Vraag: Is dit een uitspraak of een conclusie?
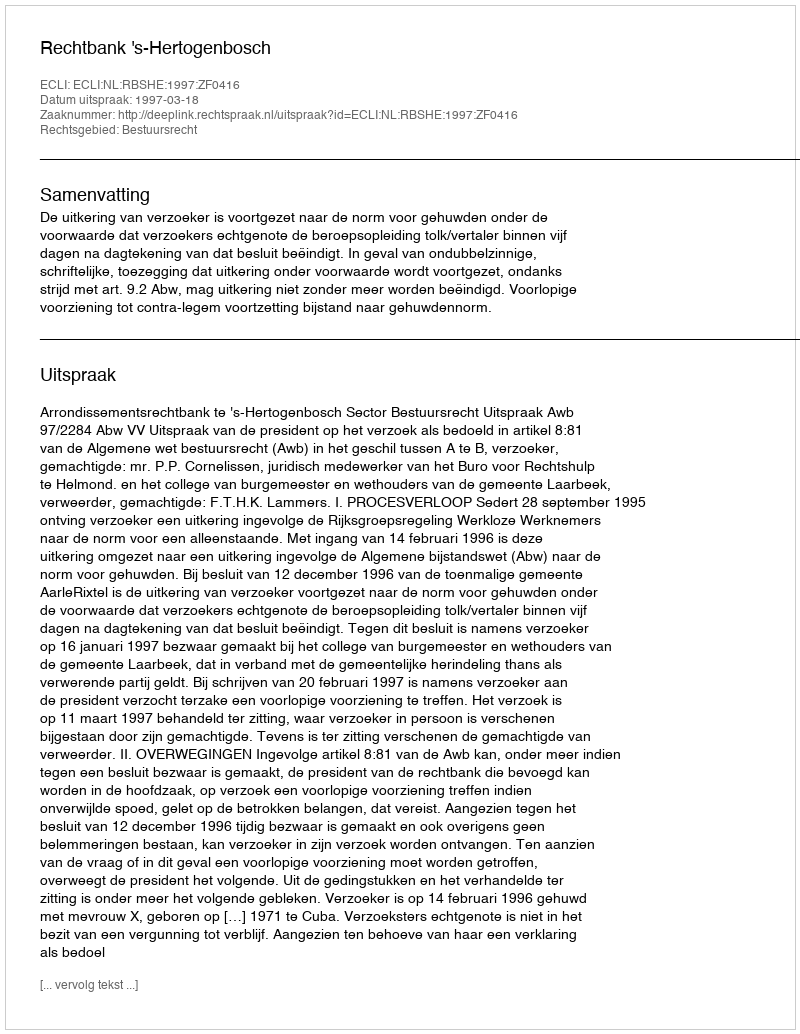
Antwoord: Uitspraak